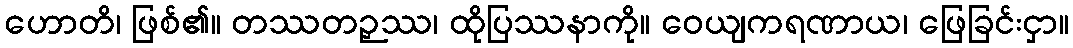
ဟောတိ၊ ဖြစ်၏။ တဿတဉှဿ၊ ထိုပြဿနာကို။ ဝေယျကရဏာယ၊ ဖြေခြင်းငှာ။